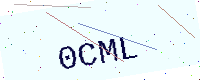
Text: 0CML